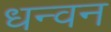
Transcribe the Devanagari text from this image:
धन्वन